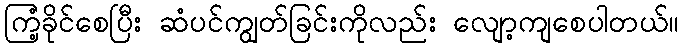
ကြံ့ခိုင်စေပြီး ဆံပင်ကျွတ်ခြင်းကိုလည်း လျော့ကျစေပါတယ်။